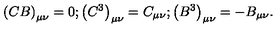
\left( C B \right) _ { \mu \nu } = 0 ; \left( C ^ { 3 } \right) _ { \mu \nu } = C _ { \mu \nu } ; \left( B ^ { 3 } \right) _ { \mu \nu } = - B _ { \mu \nu } .